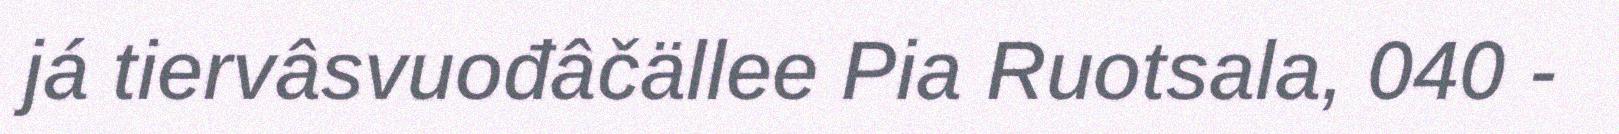
já tiervâsvuođâčällee Pia Ruotsala, 040 -